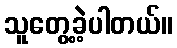
သူတွေ့ခဲ့ပါတယ်။